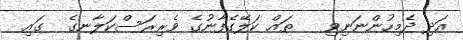
އަދި ދެމިހުންނަނިވި   ތައް ކަލޭގެފާނުގެ ވެރިރަސްކަލާނގެ  ގައި